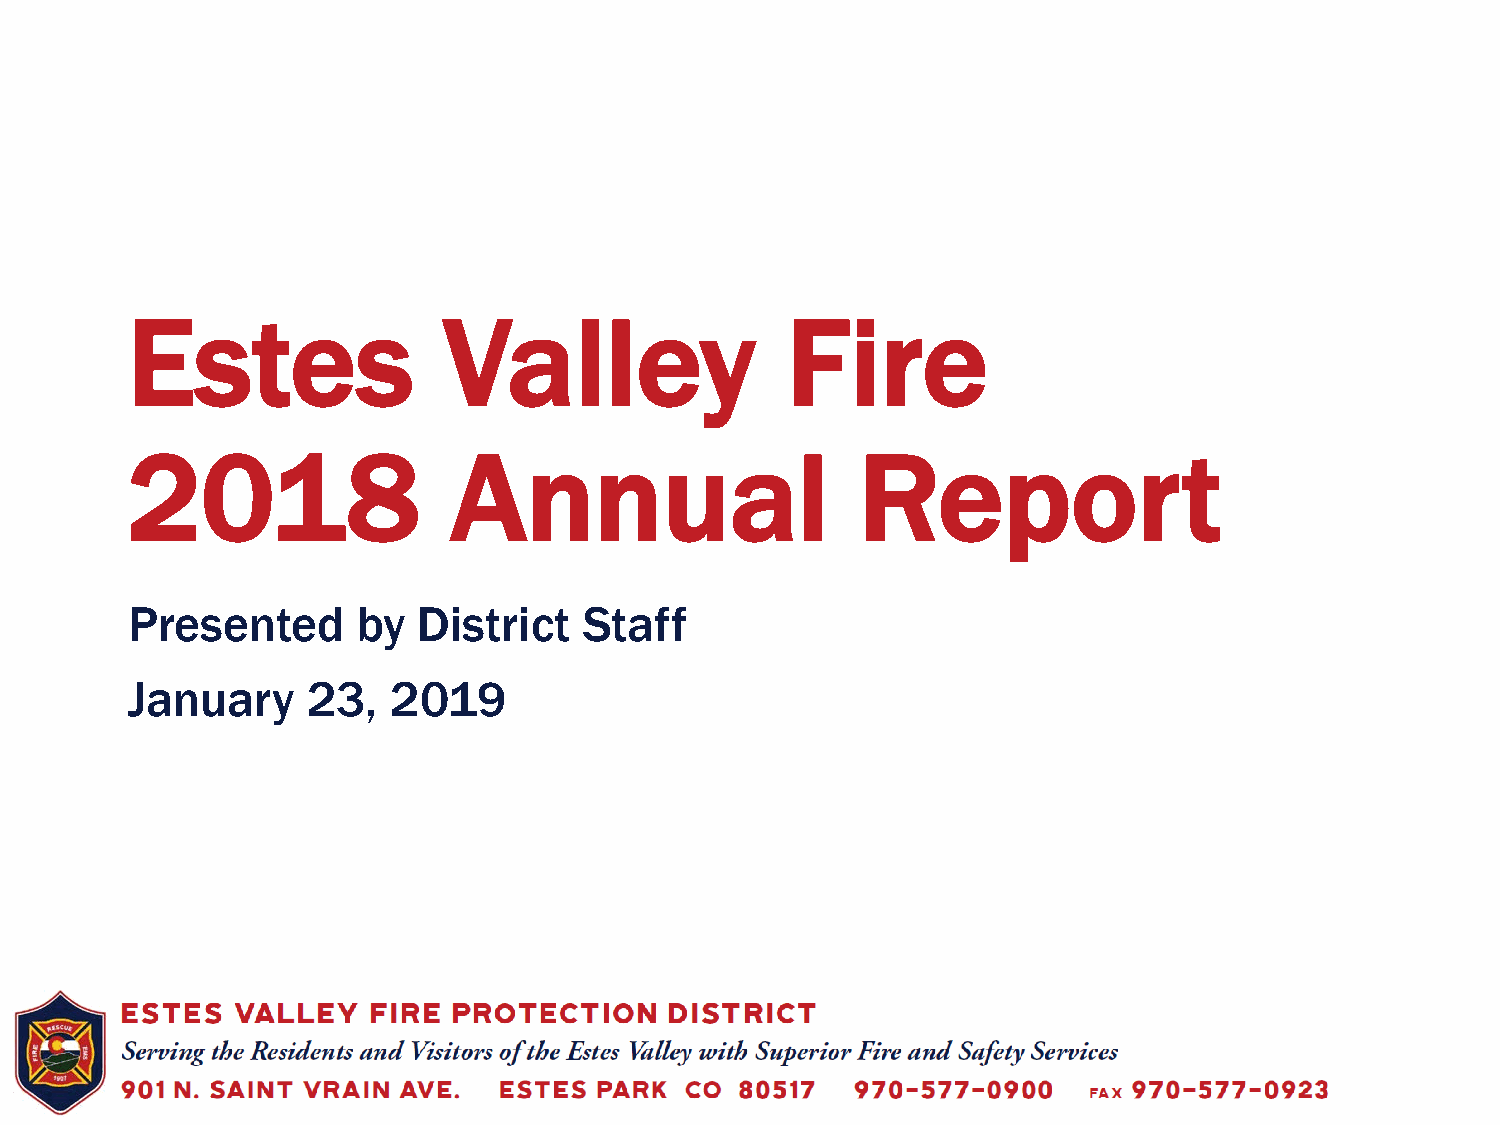
Estes                Valley                 Fire
 2018                  Annual                     Report
 Presented       by  District   Staff
 January     23,   2019